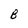
Character: B